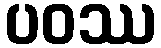
ပဝဿ